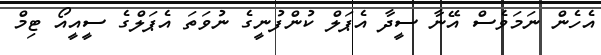
އެހެން ނަމަވެސް އޭނާ ސީދާ އެޕަލް ކުންފުނީގެ ނުވަތަ އެޕަލްގެ ސީއީއޯ ޓިމް